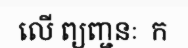
លើ ព្យញ្ជនៈ  ក